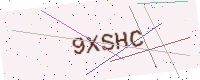
Text: 9XSHC